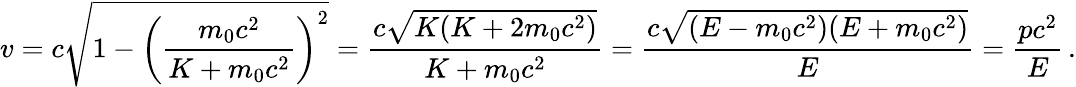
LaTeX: v=c{\sqrt{1-\left({\frac{m_{0}c^{2}}{K+m_{0}c^{2}}}\right)^{2}}}={\frac{c{\sqrt{K(K+2m_{0}c^{2})}}}{K+m_{0}c^{2}}}={\frac{c{\sqrt{(E-m_{0}c^{2})(E+m_{0}c^{2})}}}{E}}={\frac{pc^{2}}{E}}\, .